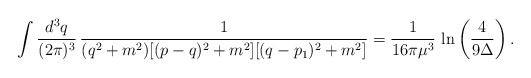
\begin{align*}\int\frac{d^3q}{(2\pi)^3}\,\frac{1}{(q^2+m^2)[(p-q)^2+m^2][(q-p_1)^2+m^2]}=\frac{1}{16\pi \mu^3}\,\ln\left(\frac{4}{9\Delta}\right).\end{align*}